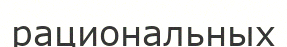
рациональных